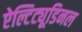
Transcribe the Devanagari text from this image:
ऐल्टिट्यूडिनल